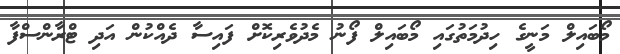
މޯބައިލް މަނީގެ ހިދުމަތުގައި މޯބައިލް ފޯނު މެދުވެރިކޮށް ފައިސާ ދެއްކުން އަދި ޓްރާންސްފާ